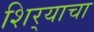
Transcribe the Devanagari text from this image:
शिर्‍याचा